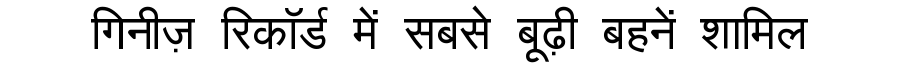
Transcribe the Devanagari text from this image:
गिनीज़ रिकॉर्ड में सबसे बूढ़ी बहनें शामिल